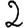
Digit: 2